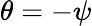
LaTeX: \theta=-\psi